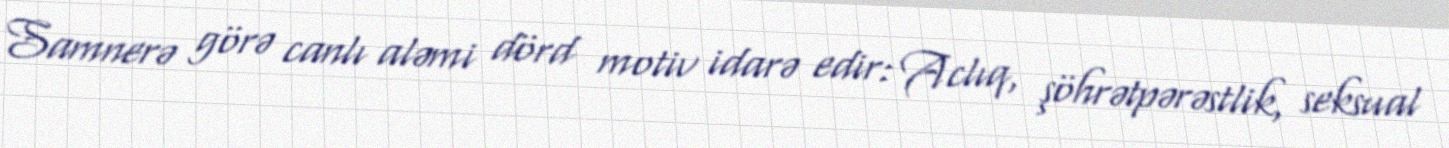
Samnerə görə canlı aləmi dörd motiv idarə edir: Aclıq, şöhrətpərəstlik, seksual